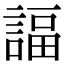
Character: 諨